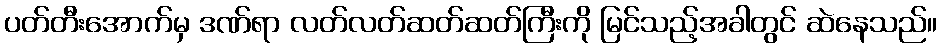
ပတ်တီးအောက်မှ ဒဏ်ရာ လတ်လတ်ဆတ်ဆတ်ကြီးကို မြင်သည့်အခါတွင် ဆဲနေသည်။